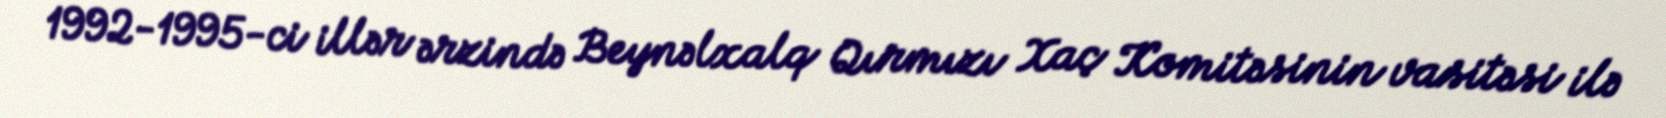
1992-1995-ci illər ərzində Beynəlxalq Qırmızı Xaç Komitəsinin vasitəsi ilə